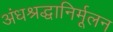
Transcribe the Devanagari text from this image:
अंधश्रद्धानिर्मूलन